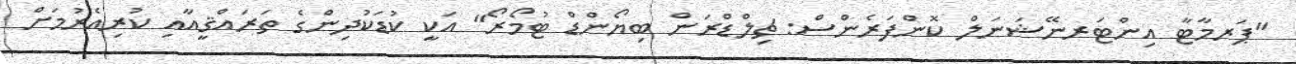
"ޕަރމާޓާ އިންޓަރނޭޝަނަލް ކޮންފަރެންސް: ޗިލްޑްރަން ބިޔޯންޑް ޓުމޯރޯ" އަކީ ކުޑަކުދިންގެ ތަރައްޤީއާއި ކުރިއެރުމަށް